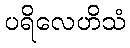
ပရိလေဟိသံ